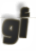
أو